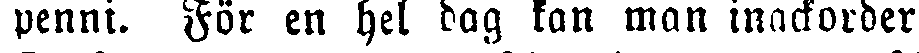
penni. För en hel dag kan man inackorder